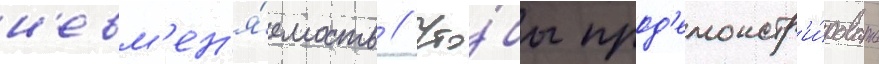
н'евм'ен'я́емость // Что́бы прод'емонстр'и́ровать